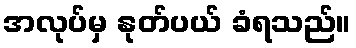
အလုပ်မှ နုတ်ပယ် ခံရသည်။